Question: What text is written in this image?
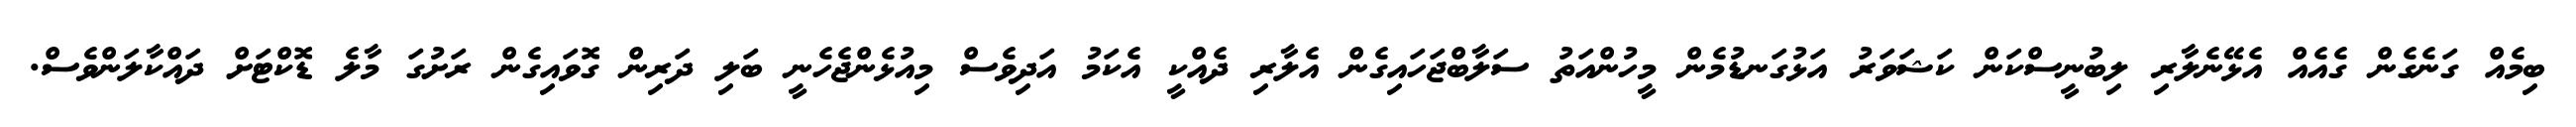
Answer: ބިމެއް ގަނެގެން ގެއެއް އެޅޭނެލާރި ލިބުނީސްކަން ކަޝަވަރު އަޅުގަނޑުމެން މީހުންއަތު ސަލާބްޖަހައިގެން އެލާރި ދެއްކީ އެކަމު އަދިވެސް މިއުޅެންޖެހެނީ ބަލި ދަރިން ގޮވައިގެން ރަށުގަ މާލެ ޑޮކްޓަށް ދައްކާލަންވެސް.